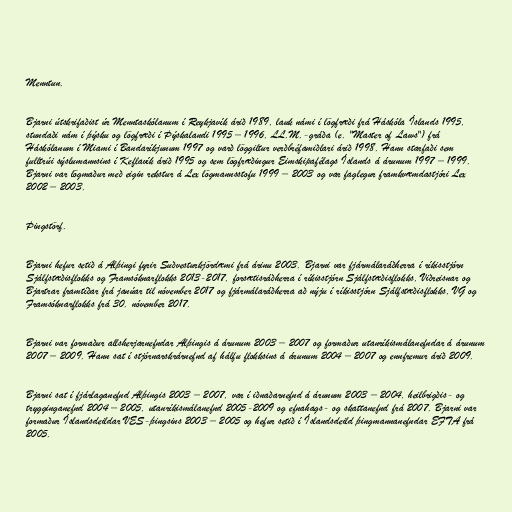
Menntun.

Bjarni útskrifaðist úr Menntaskólanum í Reykjavík árið 1989, lauk námi í lögfræði frá Háskóla Íslands 1995,
stundaði nám í þýsku og lögfræði í Þýskalandi 1995 – 1996, LL.M.-gráða (e. "Master of Laws") frá
Háskólanum í Miami í Bandaríkjunum 1997 og varð löggiltur verðbréfamiðlari árið 1998. Hann starfaði sem
fulltrúi sýslumannsins í Keflavík árið 1995 og sem lögfræðingur Eimskipafélags Íslands á árunum 1997 – 1999.
Bjarni var lögmaður með eigin rekstur á Lex lögmannsstofu 1999 – 2003 og var faglegur framkvæmdastjóri Lex
2002 – 2003.

Þingstörf.

Bjarni hefur setið á Alþingi fyrir Suðvesturkjördæmi frá árinu 2003. Bjarni var fjármálaráðherra í ríkisstjórn
Sjálfstæðisflokks og Framsóknarflokks 2013-2017, forsætisráðherra í ríkisstjórn Sjálfstæðisflokks, Viðreisnar og
Bjartrar framtíðar frá janúar til nóvember 2017 og fjármálaráðherra að nýju í ríkisstjórn Sjálfstæðisflokks, VG og
Framsóknarflokks frá 30. nóvember 2017.

Bjarni var formaður allsherjarnefndar Alþingis á árunum 2003 – 2007 og formaður utanríkismálanefndar á árunum
2007 – 2009. Hann sat í stjórnarskrárnefnd af hálfu flokksins á árunum 2004 – 2007 og ennfremur árið 2009.

Bjarni sat í fjárlaganefnd Alþingis 2003 – 2007, var í iðnaðarnefnd á árunum 2003 – 2004, heilbrigðis- og
trygginganefnd 2004 – 2005, utanríkismálanefnd 2005-2009 og efnahags- og skattanefnd frá 2007. Bjarni var
formaður Íslandsdeildar VES-þingsins 2003 – 2005 og hefur setið í Íslandsdeild þingmannanefndar EFTA frá
2005.